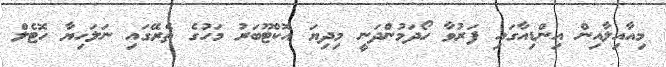
މިއާއިލާއިން އިންޑިއާގައި ފަރުވާ ހޯދަމުންދަނީ މިދިޔަ އޮކްޓޫބަރު މަހުގެ ތެރޭގައި ނަލަހިޔާ ހޮޓެލް